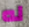
له